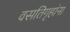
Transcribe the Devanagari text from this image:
वसतिगृहांना